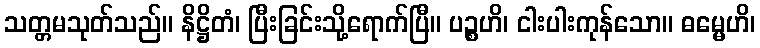
သတ္တမသုတ်သည်။ နိဋ္ဌိတံ၊ ပြီးခြင်းသို့ရောက်ပြီ။ ပဉ္စဟိ၊ ငါးပါးကုန်သော။ ဓမ္မေဟိ၊